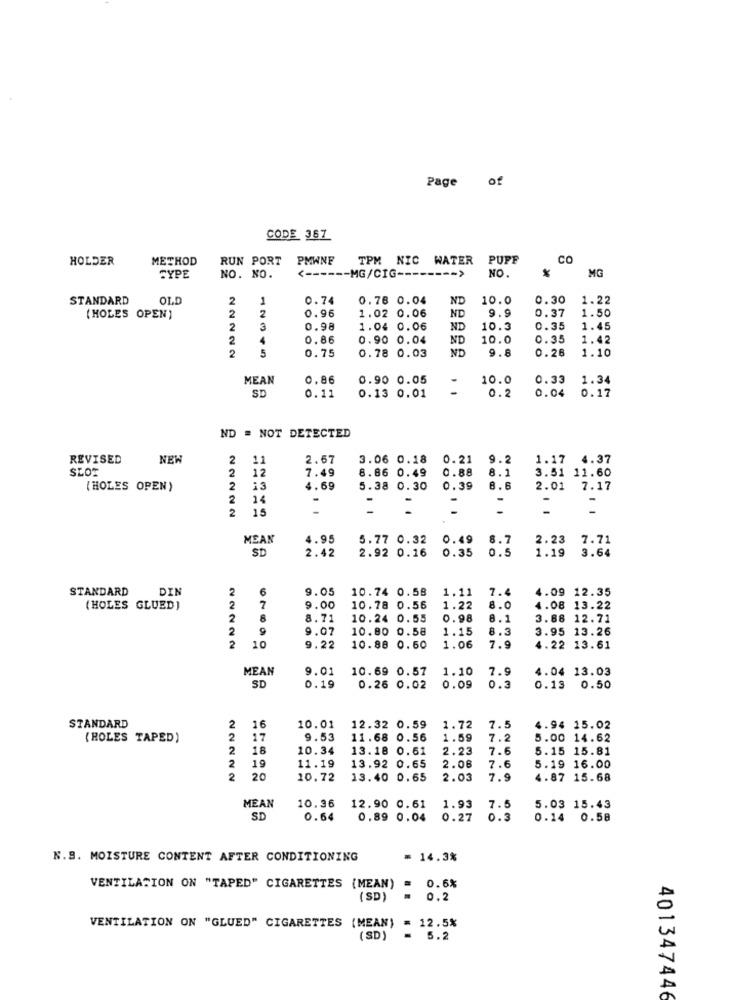
Page of
CODE 367
HOLDER
METHOD
RUN PORT PMWNF
TPM NIC WATER
PUFF
CO
<------ MG/CIG -------- >
NO.
CYPE
NO. NO.
MG
STANDARD
OLD
2
1
0.74
0.78 0.04
ND
10.0
0.30
1.22
0.96
1.02 0.06
9.9
0.37
(HOLES OPEN)
2
2
ND
1.50
2
3
0.98
1.04 0.06
ND
10.3
0.35
1.45
2
4
0.86
0.90 0.04
ND
10.0
0.35
1.42
5
0.75
0.78 0.03
ND
9.8
0.26
1.10
MEAN
0.86
0.90 0.05
10.0
0.33
1.34
SD
0.11
-
0.2
0.04
0.17
0.13 0.01
ND = NOT DETECTED
REVISED
NEW
2
11
2.67
3.06 0.18
0.21
9.2
1.17 4.37
SLOT
2
12
7.49
8.86 0.49
0.88
8.1
3.51 11.60
[HOLES OPEN)
2
13
4.69
5.38 0.30
0.39
8.6
2.01 7.17
2
14
-
-
-
2
15
-
-
-
MEAN
4.95
5.77 0.32
0.49
8.7
2.23
7.71
SD
2.42
2.92 0.16
0.35
1.19
3.64
0.5
STANDARD
DIN
2
6
9.05
10.74 0.58
1.11
7.4
4.09 12.35
(HOLES GLUED)
2
7
9.00
10.78 0.56
1.22
8.0
4.08 13.22
2
8
8.71
10.24 0.55
0.98
8.1
3.86 12.71
2
9
9.07
10.00 0.58
1.15
8.3
3.95 13.26
2
10
7.9
9.22
10.88 0.60
1.06
4.22 13.61
MEAN
9.01
10.69 0.57
1.10
7.9
4.04 13.03
SD
0.19
0.26 0.02
0.09
0.3
0.13 0.50
STANDARD
2
16
10.01
12.32 0.59
1.72
7.5
4.94 15.02
(ROLES TAPED)
2
17
9.53
11.68 0.56
1.59
7.2
5.00 14.62
2
16
10.34
13.18 0.61
2.23
7.6
5.15 15.81
2
19
11.19
13.92 0.65
2.08
7.6
5.19 16.00
2
20
10.72
13.40 0.65
2.03
7.9
4.87 15.68
MEAN
10.36
12.90 0.61
1.93
7.5
5.03 15.43
SD
0.64
0.89 0.04
0.27
0.3
0.14 0.58
N.S. MOISTURE CONTENT AFTER CONDITIONING
= 14.3%
0.6%
VENTILATION ON "TAPED" CIGARETTES (MEAN)
(SD)
0.2
VENTILATION ON "GLUED" CIGARETTES (MEAN)
= 12.5%
(SD)
= 5.2
401347446